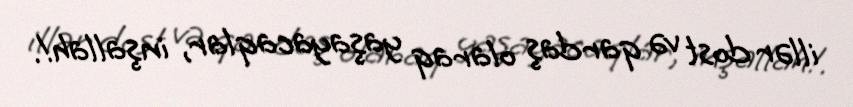
illər dost və qardaş olaraq yaşayacaqlar, inşallah!.